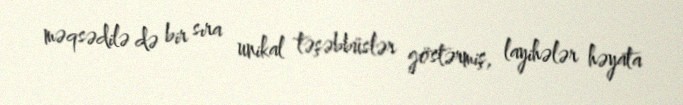
məqsədilə də bir sıra unikal təşəbbüslər göstərmiş, layihələr həyata